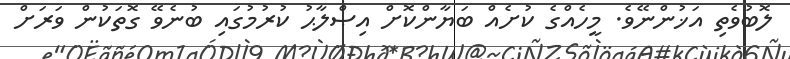
ލޮބުވެތި އަޚުންނޭވެ. މީހެއްގެ ކުށެއް ބަޔާންކޮށް އިޞްލާޙު ކުރުމުގައި ބުނެވޭ ގޮތަކުން ވަރަށް